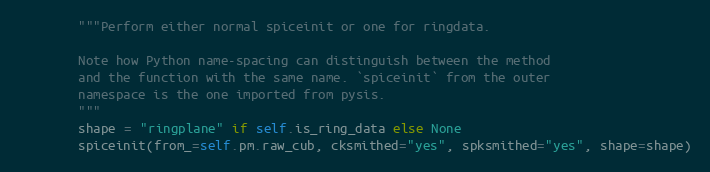
Language: Python
        """Perform either normal spiceinit or one for ringdata.

        Note how Python name-spacing can distinguish between the method
        and the function with the same name. `spiceinit` from the outer
        namespace is the one imported from pysis.
        """
        shape = "ringplane" if self.is_ring_data else None
        spiceinit(from_=self.pm.raw_cub, cksmithed="yes", spksmithed="yes", shape=shape)